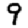
Digit: 9